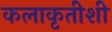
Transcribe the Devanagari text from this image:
कलाकृतीशी